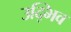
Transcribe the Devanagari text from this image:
उद्भिव